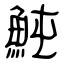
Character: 魨